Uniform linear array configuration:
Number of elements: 8
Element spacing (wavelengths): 0.5
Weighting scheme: cosine
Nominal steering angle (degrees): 15
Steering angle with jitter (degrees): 15.118
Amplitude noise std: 0.05
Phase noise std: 0.05

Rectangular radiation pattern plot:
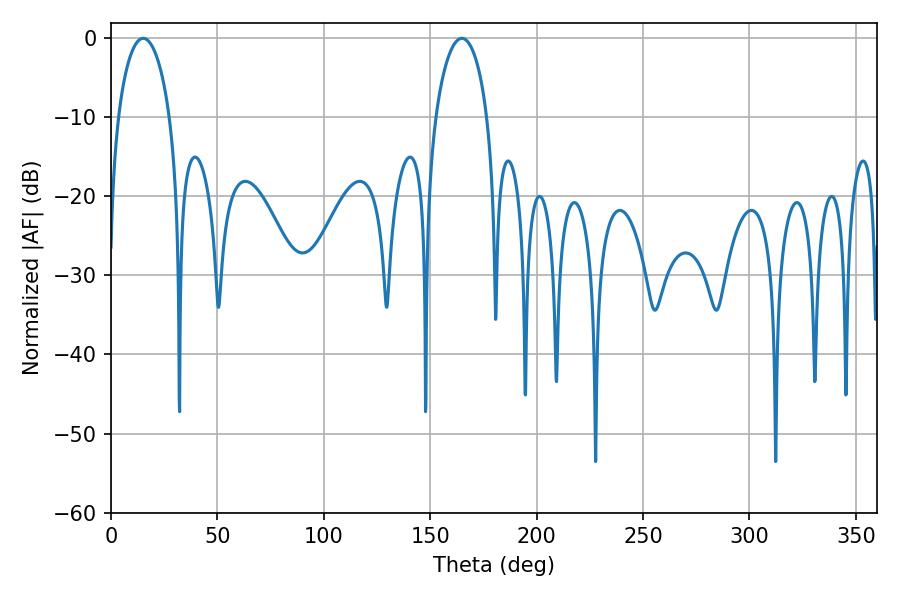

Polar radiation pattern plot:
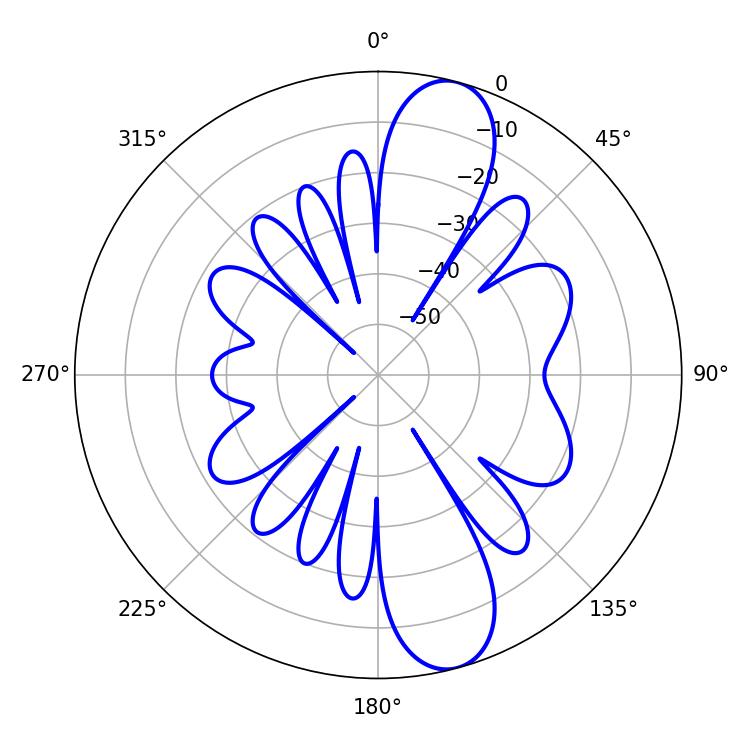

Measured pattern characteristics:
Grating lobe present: FALSE
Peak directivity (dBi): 11.5
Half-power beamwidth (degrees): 13.86
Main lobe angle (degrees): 15.12